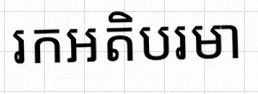
រកអតិបរមា